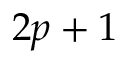
2 p + 1